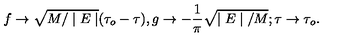
f \rightarrow \sqrt { M / \mid E \mid } ( \tau _ { o } - \tau ) , g \rightarrow - \frac { 1 } { \pi } \sqrt { \mid E \mid / M } ; \tau \rightarrow \tau _ { o } .